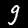
Label: 9